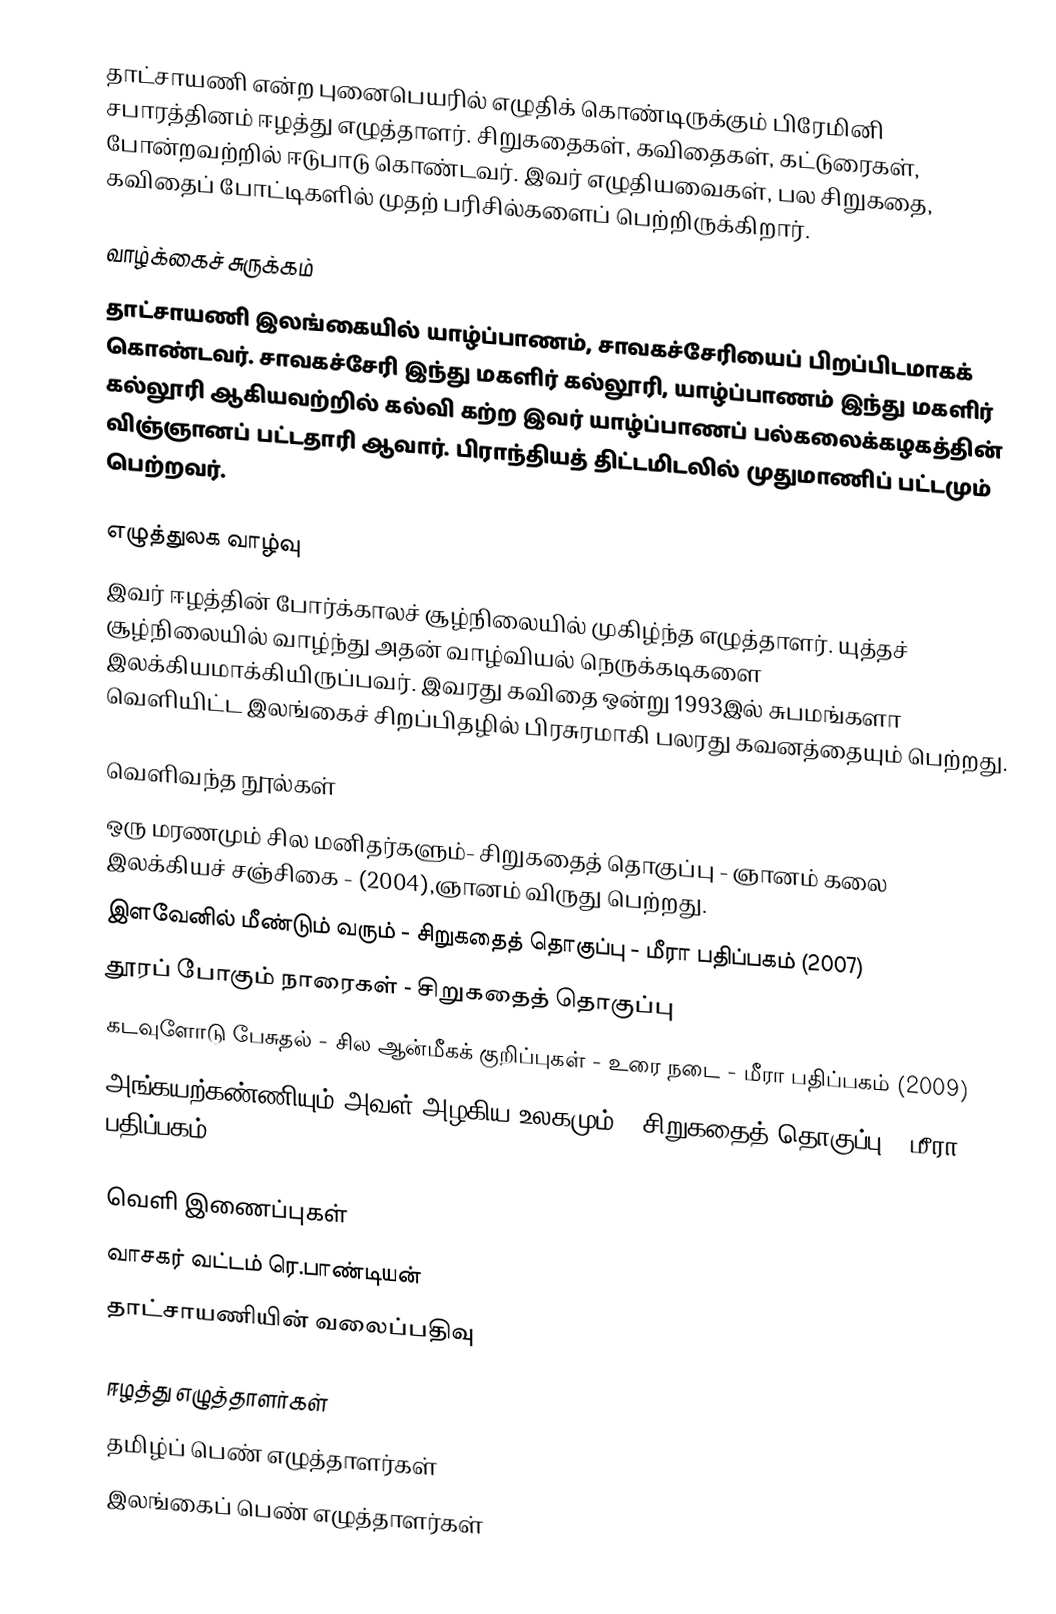
தாட்சாயணி என்ற புனைபெயரில் எழுதிக் கொண்டிருக்கும் பிரேமினி சபாரத்தினம் ஈழத்து எழுத்தாளர். சிறுகதைகள், கவிதைகள், கட்டுரைகள், போன்றவற்றில் ஈடுபாடு கொண்டவர். இவர் எழுதியவைகள், பல சிறுகதை, கவிதைப் போட்டிகளில் முதற் பரிசில்களைப் பெற்றிருக்கிறார்.

வாழ்க்கைச் சுருக்கம்
தாட்சாயணி  இலங்கையில் யாழ்ப்பாணம், சாவகச்சேரியைப் பிறப்பிடமாகக் கொண்டவர். சாவகச்சேரி இந்து மகளிர் கல்லூரி, யாழ்ப்பாணம் இந்து மகளிர் கல்லூரி ஆகியவற்றில் கல்வி கற்ற இவர் யாழ்ப்பாணப் பல்கலைக்கழகத்தின் விஞ்ஞானப் பட்டதாரி ஆவார். பிராந்தியத் திட்டமிடலில் முதுமாணிப் பட்டமும் பெற்றவர்.

எழுத்துலக வாழ்வு
இவர் ஈழத்தின் போர்க்காலச் சூழ்நிலையில் முகிழ்ந்த எழுத்தாளர். யுத்தச் சூழ்நிலையில் வாழ்ந்து அதன் வாழ்வியல் நெருக்கடிகளை இலக்கியமாக்கியிருப்பவர். இவரது கவிதை ஒன்று 1993இல் சுபமங்களா வெளியிட்ட இலங்கைச் சிறப்பிதழில் பிரசுரமாகி பலரது கவனத்தையும் பெற்றது.

வெளிவந்த நூல்கள்
 ஒரு மரணமும் சில மனிதர்களும்- சிறுகதைத் தொகுப்பு - ஞானம் கலை இலக்கியச் சஞ்சிகை - (2004),ஞானம் விருது பெற்றது.
 இளவேனில் மீண்டும் வரும் - சிறுகதைத் தொகுப்பு - மீரா பதிப்பகம் (2007)
 தூரப் போகும் நாரைகள் - சிறுகதைத் தொகுப்பு
 கடவுளோடு பேசுதல் - சில ஆன்மீகக் குறிப்புகள் - உரை நடை - மீரா பதிப்பகம் (2009)
 அங்கயற்கண்ணியும் அவள் அழகிய உலகமும் - சிறுகதைத் தொகுப்பு - மீரா பதிப்பகம் (2011)

வெளி இணைப்புகள்
 வாசகர் வட்டம் ரெ.பாண்டியன்
 தாட்சாயணியின் வலைப்பதிவு

ஈழத்து எழுத்தாளர்கள்
தமிழ்ப் பெண் எழுத்தாளர்கள்
இலங்கைப் பெண் எழுத்தாளர்கள்